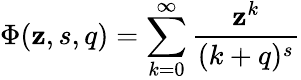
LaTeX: \Phi(\mathbf{z},s,q)=\sum_{k=0}^{\infty}{\frac{{\mathbf{z}^{k}}}{{(k+q)^{s}}}}